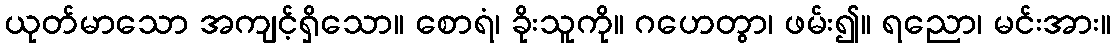
ယုတ်မာသော အကျင့်ရှိသော။ စောရံ၊ ခိုးသူကို။ ဂဟေတွာ၊ ဖမ်း၍။ ရညော၊ မင်းအား။